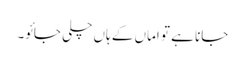
جانا ہے تو اماں کے ہاں چلی جائو۔